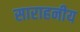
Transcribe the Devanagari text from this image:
साराहनीय